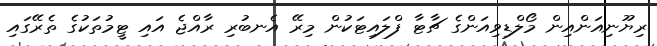
ރިޔޫނިއަންއިން މޯލްޑިވިއަންގެ ޗާޓާ ފްލައިޓަކުން މިރޭ އެނބުރި ރާއްޖެ އައި ޓީމުތަކުގެ ތެރޭގައި